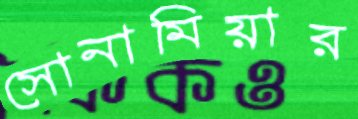
সোনামিয়ার